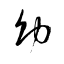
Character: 幼